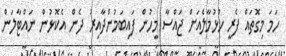
ހަމަ މިގޮތައް ފެރީ ހުޅުމާލެއަށް ޖައްސާ މީހުން ފައިބަމުންދާއިރު ދެން އެކޮޅުން ނައްޓާލަން